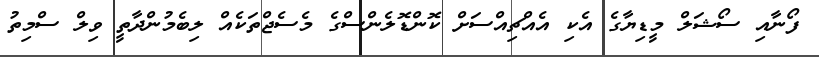
ފޯނާއި ސޯޝަލް މީޑިޔާގެ އެކި އެއްޗިއްސަށް ކޮންޑޮލެންސްގެ މެސެޖްތަކެއް ލިބެމުންދާތީ ވިލް ސްމިތު